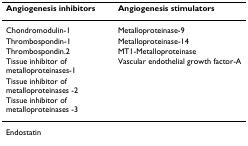
| Angiogenesis inhibitors | Angiogenesis stimulators |
 | --- | --- |
 | Chondromodulin-1 | Metalloproteinase-9 |
 | Thrombospondin-1 | Metalloproteinase-14 |
 | Thrombospondin.2 | MT1-Metalloproteinase |
 | Tissue inhibitor of metalloproteinases-1 | Vascular endothelial growth factor-A |
 | Tissue inhibitor of metalloproteinases -2 |  |
 | Tissue inhibitor of metalloproteinases -3 |  |
 | Endostatin |  |